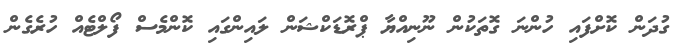
ގުދަން ކޮށްފައި ހުންނަ ގޮތަކުން ނޫނިއްޔާ ޕްރޮޑަކްޝަން ލައިންގައި ކޮންމެސް ފޯލްޓެއް ހުރެގެން